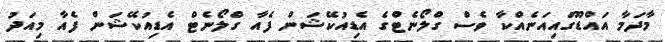
މާދަމާ އައްޑޫގައިއަނެއްކާ ވެސް ގްލޯނެޓްގެ އެޑިއުކޭޝަން ފެއާ ގްލޯނެޓް އެޑިއުކޭޝަން ފެއާ މިއަދު